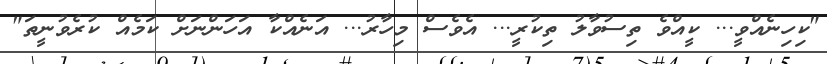
"ކިހިނެއްވީ... ކީއްވެ ތިސުވާލު ތިކުރީ... އެވެސް މިހާރު... އަނެއްކާ އަހަންނަށް ކަމެއް ކުރެވުނީތަ"